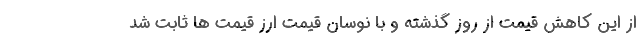
از این کاهش قیمت از روز گذشته و با نوسان قیمت ارز قیمت ها ثابت شد